Indian journal of veterinary science and animal husbandry - Volume 4,
Year: 1934
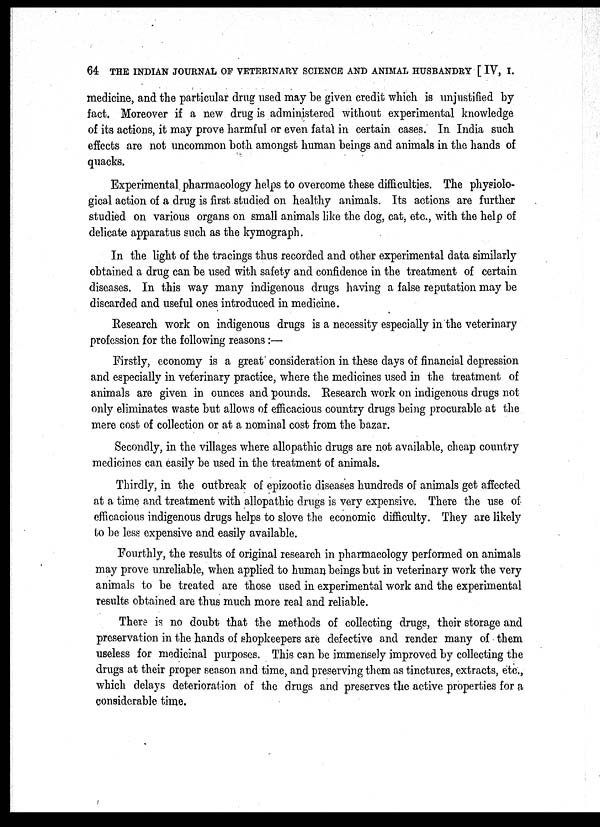
64 THE INDIAN JOURNAL OF VETERINARY SCIENCE AND ANIMAL HUSBANDRY [IV, I.
medicine, and the particular drug used may be given credit which is unjustified by
fact. Moreover if a new drug is administered without experimental knowledge
of its actions, it may prove harmful or even fatal in certain cases. In India such
effects are not uncommon both amongst human beings and animals in the hands of
quacks.
Experimental pharmacology helps to overcome these difficulties. The physiolo-
gical action of a drug is first studied on healthy animals. Its actions are further
studied on various organs on small animals like the dog, cat, etc., with the help of
delicate apparatus such as the kymograph.
In the light of the tracings thus recorded and other experimental data similarly
obtained a drug can be used with safety and confidence in the treatment of certain
diseases. In this way many indigenous drugs having a false reputation may be
discarded and useful ones introduced in medicine.
Research work on indigenous drugs is a necessity especially in the veterinary
profession for the following reasons:—
Firstly, economy is a great consideration in these days of financial depression
and especially in veterinary practice, where the medicines used in the treatment of
animals are given in ounces and pounds. Research work on indigenous drugs not
only eliminates waste but allows of efficacious country drugs being procurable at the
mere cost of collection or at a nominal cost from the bazar.
Secondly, in the villages where allopathic drugs are not available, cheap country
medicines can easily be used in the treatment of animals.
Thirdly, in the outbreak of epizootic diseases hundreds of animals get affected
at a time and treatment with allopathic drugs is very expensive. There the use of
efficacious indigenous drugs helps to slove the economic difficulty. They are likely
to be less expensive and easily available.
Fourthly, the results of original research in pharmacology performed on animals
may prove unreliable, when applied to human beings but in veterinary work the very
animals to be treated are those used in experimental work and the experimental
results obtained are thus much more real and reliable.
There is no doubt that the methods of collecting drugs, their storage and
preservation in the hands of shopkeepers are defective and render many of them
useless for medicinal purposes. This can be immensely improved by collecting the
drugs at their proper season and time, and preserving them as tinctures, extracts, etc.,
which delays deterioration of the drugs and preserves the active properties for a
considerable time,